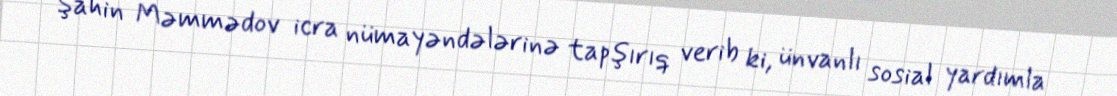
Şahin Məmmədov icra nümayəndələrinə tapşırıq verib ki, ünvanlı sosial yardımla